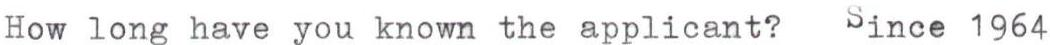
How long have you known the applicant? Since 1964